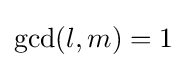
\operatorname {gcd} (l,m)=1